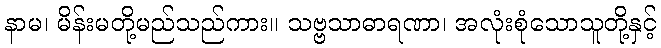
နာမ၊ မိန်းမတို့မည်သည်ကား။ သဗ္ဗသာဓာရဏာ၊ အလုံးစုံသောသူတို့နှင့်